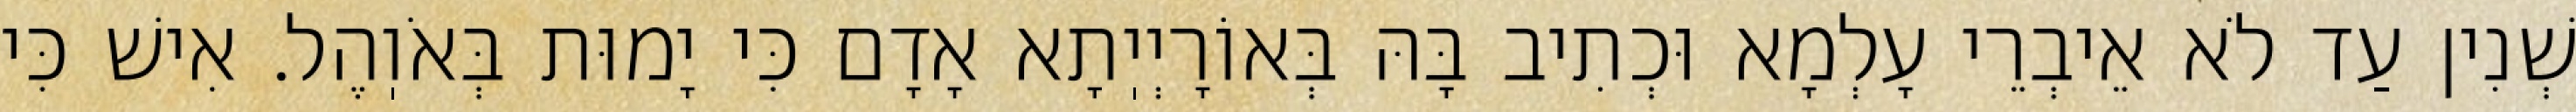
שְׁנִין עַד לֹא אֵיבְרֵי עָלְמָא וּכְתִיב בָּהּ בְּאוֹרָיְיֽתָא אָדָם כִּי יָמוּת בְּאֹוֽהֶל. אִישׁ כִּי